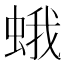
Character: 蛾